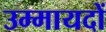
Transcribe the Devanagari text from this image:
उम्मायदों